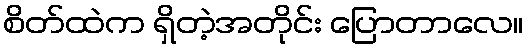
စိတ်ထဲက ရှိတဲ့အတိုင်း ပြောတာလေ။